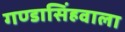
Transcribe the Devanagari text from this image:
गण्डासिंहवाला